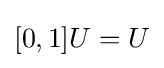
{\textstyle [0,1]U=U}